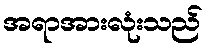
အရာအားလုံးသည်